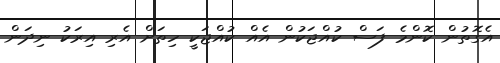
އެގޮތުން ކޮންމެ ފަސް ކުއްޖަކުން އެއް ކުއްޖަކީ ހިތަށް އެރި އިރަކު ނިދަން